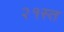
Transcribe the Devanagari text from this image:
२१स्त